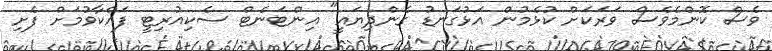
ވެސް ކޮންމެވެސް ވަރަކަށް ކުޅެމުން އަޅުގަނޑު ގެންދިޔައީ" އިންޓަނެޓް ސެކިއުރިޓީ ފައްކާވުމަށް ފެށި